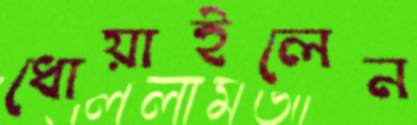
ধোয়াইলেন